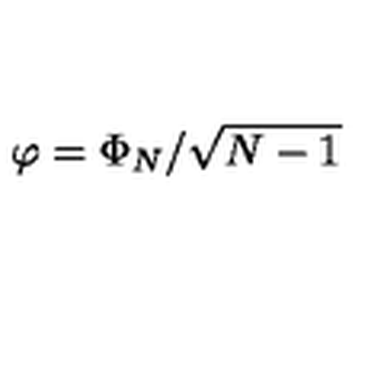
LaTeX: \varphi = \Phi _ { N } / \sqrt { N - 1 }